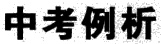
中考例析